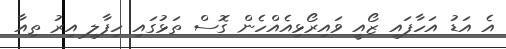
އެ އަޑު އަހާފައި ޒޯއީ ވައިރޯޅިއެއްހެން ގޮސް ތަޅުގައި ހިފާލި އިރު ތިއާ